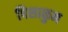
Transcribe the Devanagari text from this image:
पिसाळुन